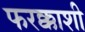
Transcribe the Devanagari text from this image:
फरक्काशी